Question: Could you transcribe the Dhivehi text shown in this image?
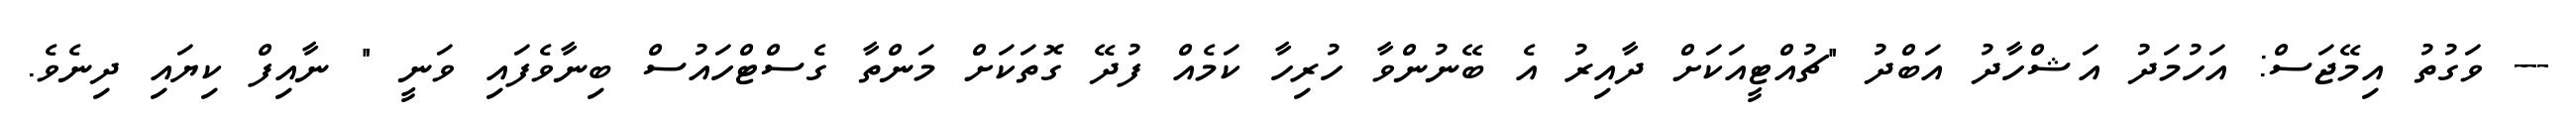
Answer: --- ވަގުތު އިމޭޖަސް: އަހުމަދު އަޝްހާދު އަބްދު "ޗުއްޓީއަކަށް ދާއިރު އެ ބޭނުންވާ ހުރިހާ ކަމެއް ފުދޭ ގޮތަކަށް މަންތާ ގެސްޓްހައުސް ބިނާވެފައި ވަނީ " ނާއިފް ކިޔައި ދިނެވެ.